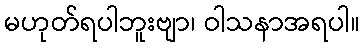
မဟုတ်ရပါဘူးဗျာ၊ ဝါသနာအရပါ။